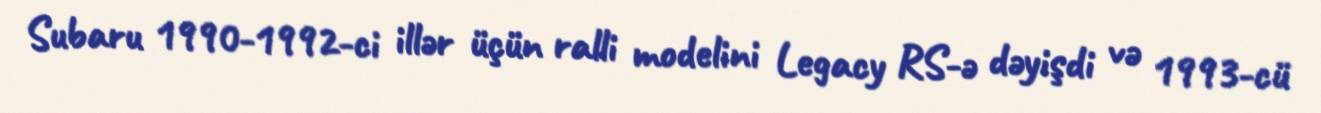
Subaru 1990-1992-ci illər üçün ralli modelini Legacy RS-ə dəyişdi və 1993-cü